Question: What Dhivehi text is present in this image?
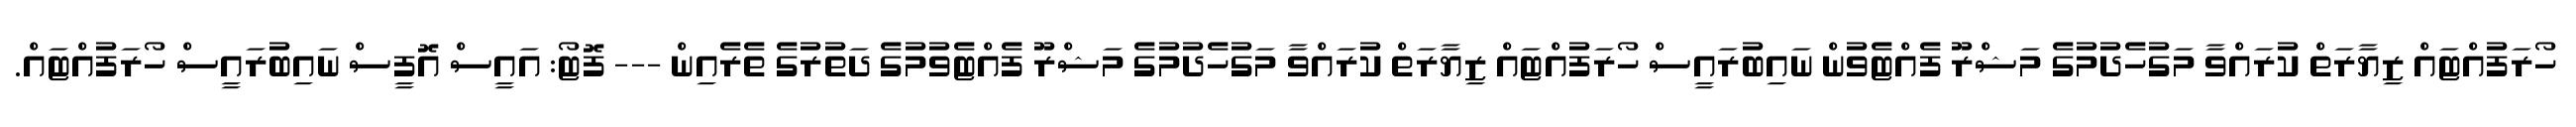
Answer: ހޯރަފުއްޓައް ޒިޔާރަތް ކުރައްވާ މަގުހެދުމުގެ މަޝްރޫ ފެއްޓެވުން ނައިބުރައީސް ހޯރަފުއްޓައް ޒިޔާރަތް ކުރައްވާ މަގުހެދުމުގެ މަޝްރޫ ފެއްޓެވުމުގެ ދަތުރުގެ ތެރެއިން --- ފޮޓޯ: އައީސް އޮފީސް ނައިބުރައީސް ހޯރަފުއްޓައް.